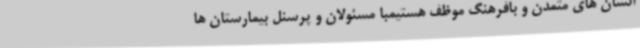
انسان های متمدن و بافرهنگ موظف هستیمبا مسئولان و پرسنل بیمارستان ها